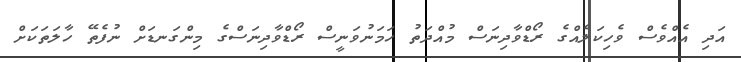
އަދި އެއްވެސް ވެހިކަލެއްގެ ރޯޑްވާދިނަސް މުއްދަތު ހަމަނުވަނީސް ރޯޑްވާދިނަސްގެ މިންގަނޑަށް ނުފެތޭ ހާލަތަކަށް